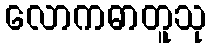
လောကဓာတူသု